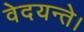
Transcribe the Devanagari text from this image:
वेदयन्ते।